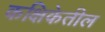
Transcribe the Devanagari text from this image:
कक्षिकेतील